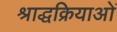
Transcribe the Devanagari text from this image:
श्राद्धक्रियाओं